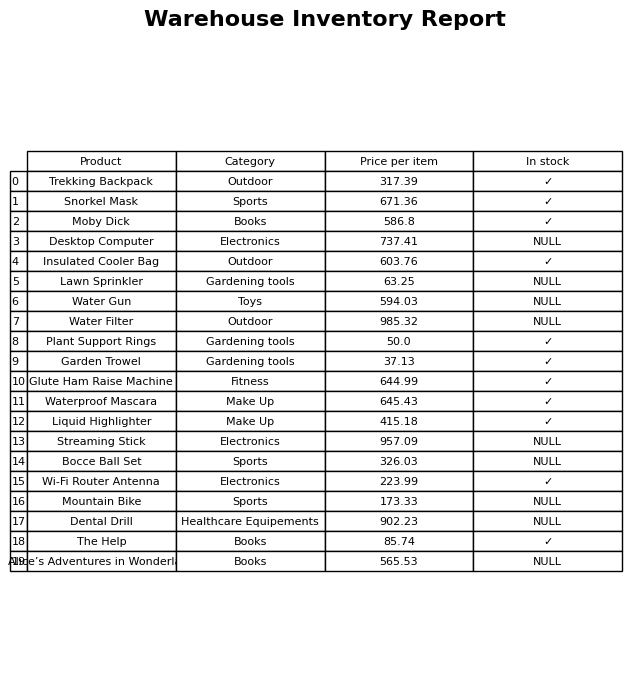
question: What is the price for Streaming Stick?
answer: The price of Streaming Stick is 957.09.